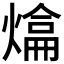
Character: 𤍼